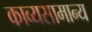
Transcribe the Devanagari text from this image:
काव्यसामान्य